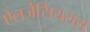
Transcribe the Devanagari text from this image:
ऐलजेसियरास